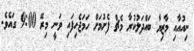
ނިއުއާއި މާޒިޔާ ބައްދަލުކުރާ މެޗް ފެށުމަށް ހަމަޖެހިފައި ވަނީ މިރޭ 9:00 ގައެވެ.